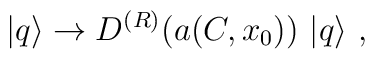
|q\rangle\to D^{(R)}(a(C,x_0))~|q\rangle~,